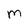
Character: m